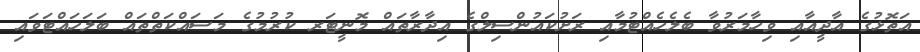
އަތޮޅުގެ އާދީއާއި ވިހާމަރުވާ ބެލެހެއްޓުމާއި ރަށުކައުންސިލްގެ އިދާރާތައް މޮނީޓަރ ކުރުމުގެ މަސައްކަތްތައް ބަލަހައްޓަވައި